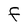
Character: F